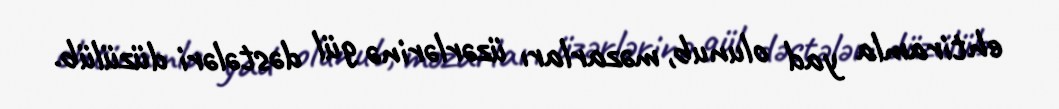
ehtiramla yad olunub, məzarları üzərlərinə gül dəstələri düzülüb.